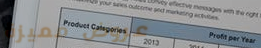
عروض مميزة